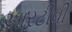
આરટીવી